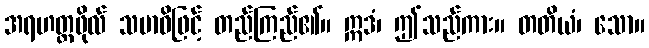
အရဟတ္တဖိုလ် သမာဓိဖြင့် တည်ကြည်၏။ ဣဒံ၊ ဤသည်ကား။ တတိယံ၊ သော။